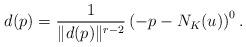
LaTeX: \begin{align*}d(p)=\frac{1}{\Vert d(p) \Vert^{r-2}} \left(-p -N_K(u)\right)^0.\end{align*}